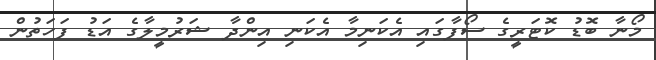
މޯނާ ބޮޑު ކޮޓަރީގެ ސޯފާގައި އެކަނިމާ އެކަނި އިންދާ ޝަރުމީލާގެ އަޑު ފަހަތުން